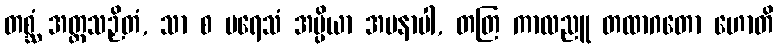
တစ္ဆံ အတ္ထသဉှိတံ, သာ စ ပရေသံ အပ္ပိယာ အမနာပါ, တတြ ကာလညူ တထာဂတော ဟောတိ